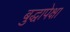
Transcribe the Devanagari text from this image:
बुद्धापेक्षा